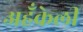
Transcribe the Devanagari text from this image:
अहँकेली